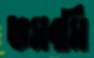
ভমবমি